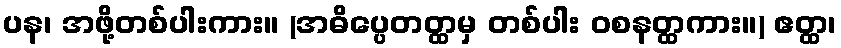
ပန၊ အဖို့တစ်ပါးကား။ (အဓိပ္ပေတတ္ထမှ တစ်ပါး ဝစနတ္ထကား။) ဧတ္ထ၊